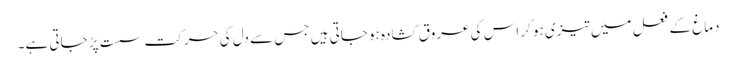
دماغ کے فعل میں تیزی ہو کر اس کی عروق کشادہ ہو جاتی ہیں جس سے دل کی حرکت سست پڑ جاتی ہے۔